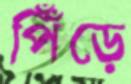
পিঁঁড়ে